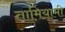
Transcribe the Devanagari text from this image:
तामियामी